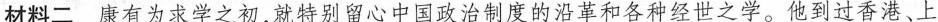
材料二康有为求学之初，就特别留心中国政治制度的沿革和各种经世之学。他到过香港、上